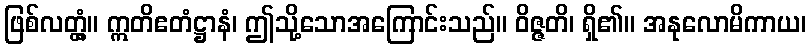
ဖြစ်လတ္တံ့။ ဣတိဧတံဋ္ဌာနံ၊ ဤသို့သောအကြောင်းသည်။ ဝိဇ္ဇတိ၊ ရှိ၏။ အနုလောမိကာယ၊